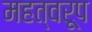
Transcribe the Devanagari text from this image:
महत्वरूप